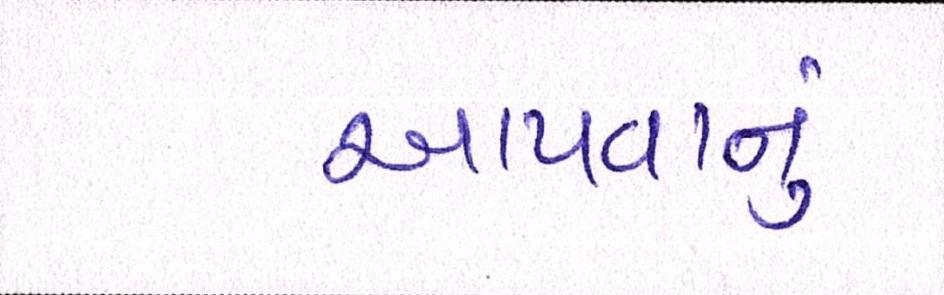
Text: આપવાનું